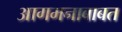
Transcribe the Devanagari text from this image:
आगमनाबाबत